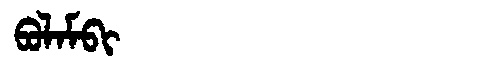
Manchu: ᠪᠣᠯᠠᠮᠪᡳ
Romanization: BOLAMBI